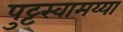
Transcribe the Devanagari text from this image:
पुट्टस्वामय्या